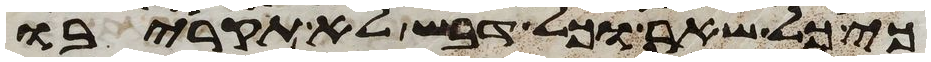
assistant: כי כל שאר וכל דבש לא תקריבו